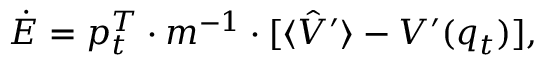
\dot { E } = p _ { t } ^ { T } \cdot m ^ { - 1 } \cdot \lbrack \langle \hat { V } ^ { \prime } \rangle - V ^ { \prime } ( q _ { t } ) ] ,